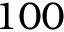
1 0 0